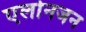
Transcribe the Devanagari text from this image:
एर्लानजन